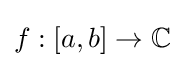
f:[a,b]\rightarrow \mathbb {C}